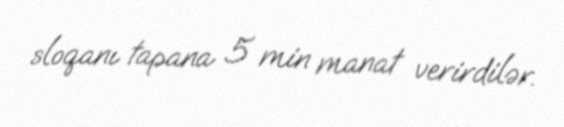
sloqanı tapana 5 min manat verirdilər.